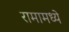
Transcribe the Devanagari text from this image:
रामामध्ये